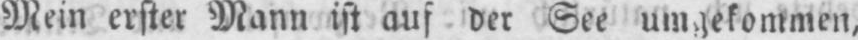
Mein erster Mann ist auf der See umgekommen,